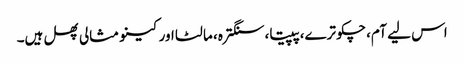
اس لیے آم، چکوترے، پپیتا، سنگترہ، مالٹا اور کینو مثالی پھل ہیں۔